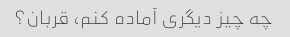
چه چیز دیگری آماده کنم، قربان؟